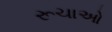
રૂચાઓ